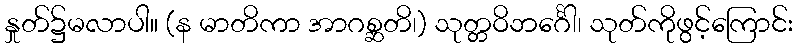
နှုတ်၌မလာပါ။ (န မာတိကာ အာဂစ္ဆတိ၊) သုတ္တဝိဘင်္ဂေါ၊ သုတ်ကိုဖွင့်ကြောင်း